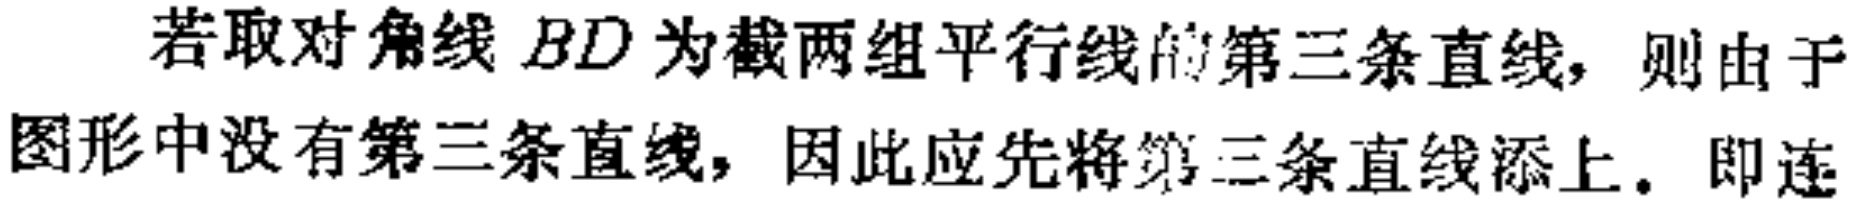
若取对角线 \(BD\)为截两组平行线的第三条直线，则由于图形中没有第三条直线，因此应先将第三条直线添上。即连